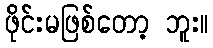
ဖိုင်းမဖြစ်တော့ ဘူး။